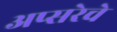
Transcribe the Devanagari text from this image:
अप्सरेचे